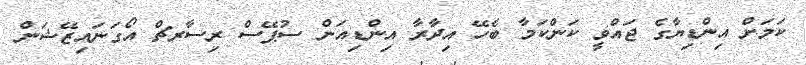
ކަމަށް އިންޑިޔާގެ ޖައްވީ ކަންކަމާ ބެހޭ އިދާރާ އިންޑިއަން ސުޕޭސް ރިސާރޗް އޯގަނައިޒޭޝަން